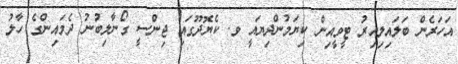
އަހަރެން ބަލައިލިއިރު ޓީވީއިން ކިޔަމުންދިޔައީ ވ. ކެޔޮދޫގައި ޖިންސީ ގޯނާލިބުނު ދެމައިންގެ ހާލު